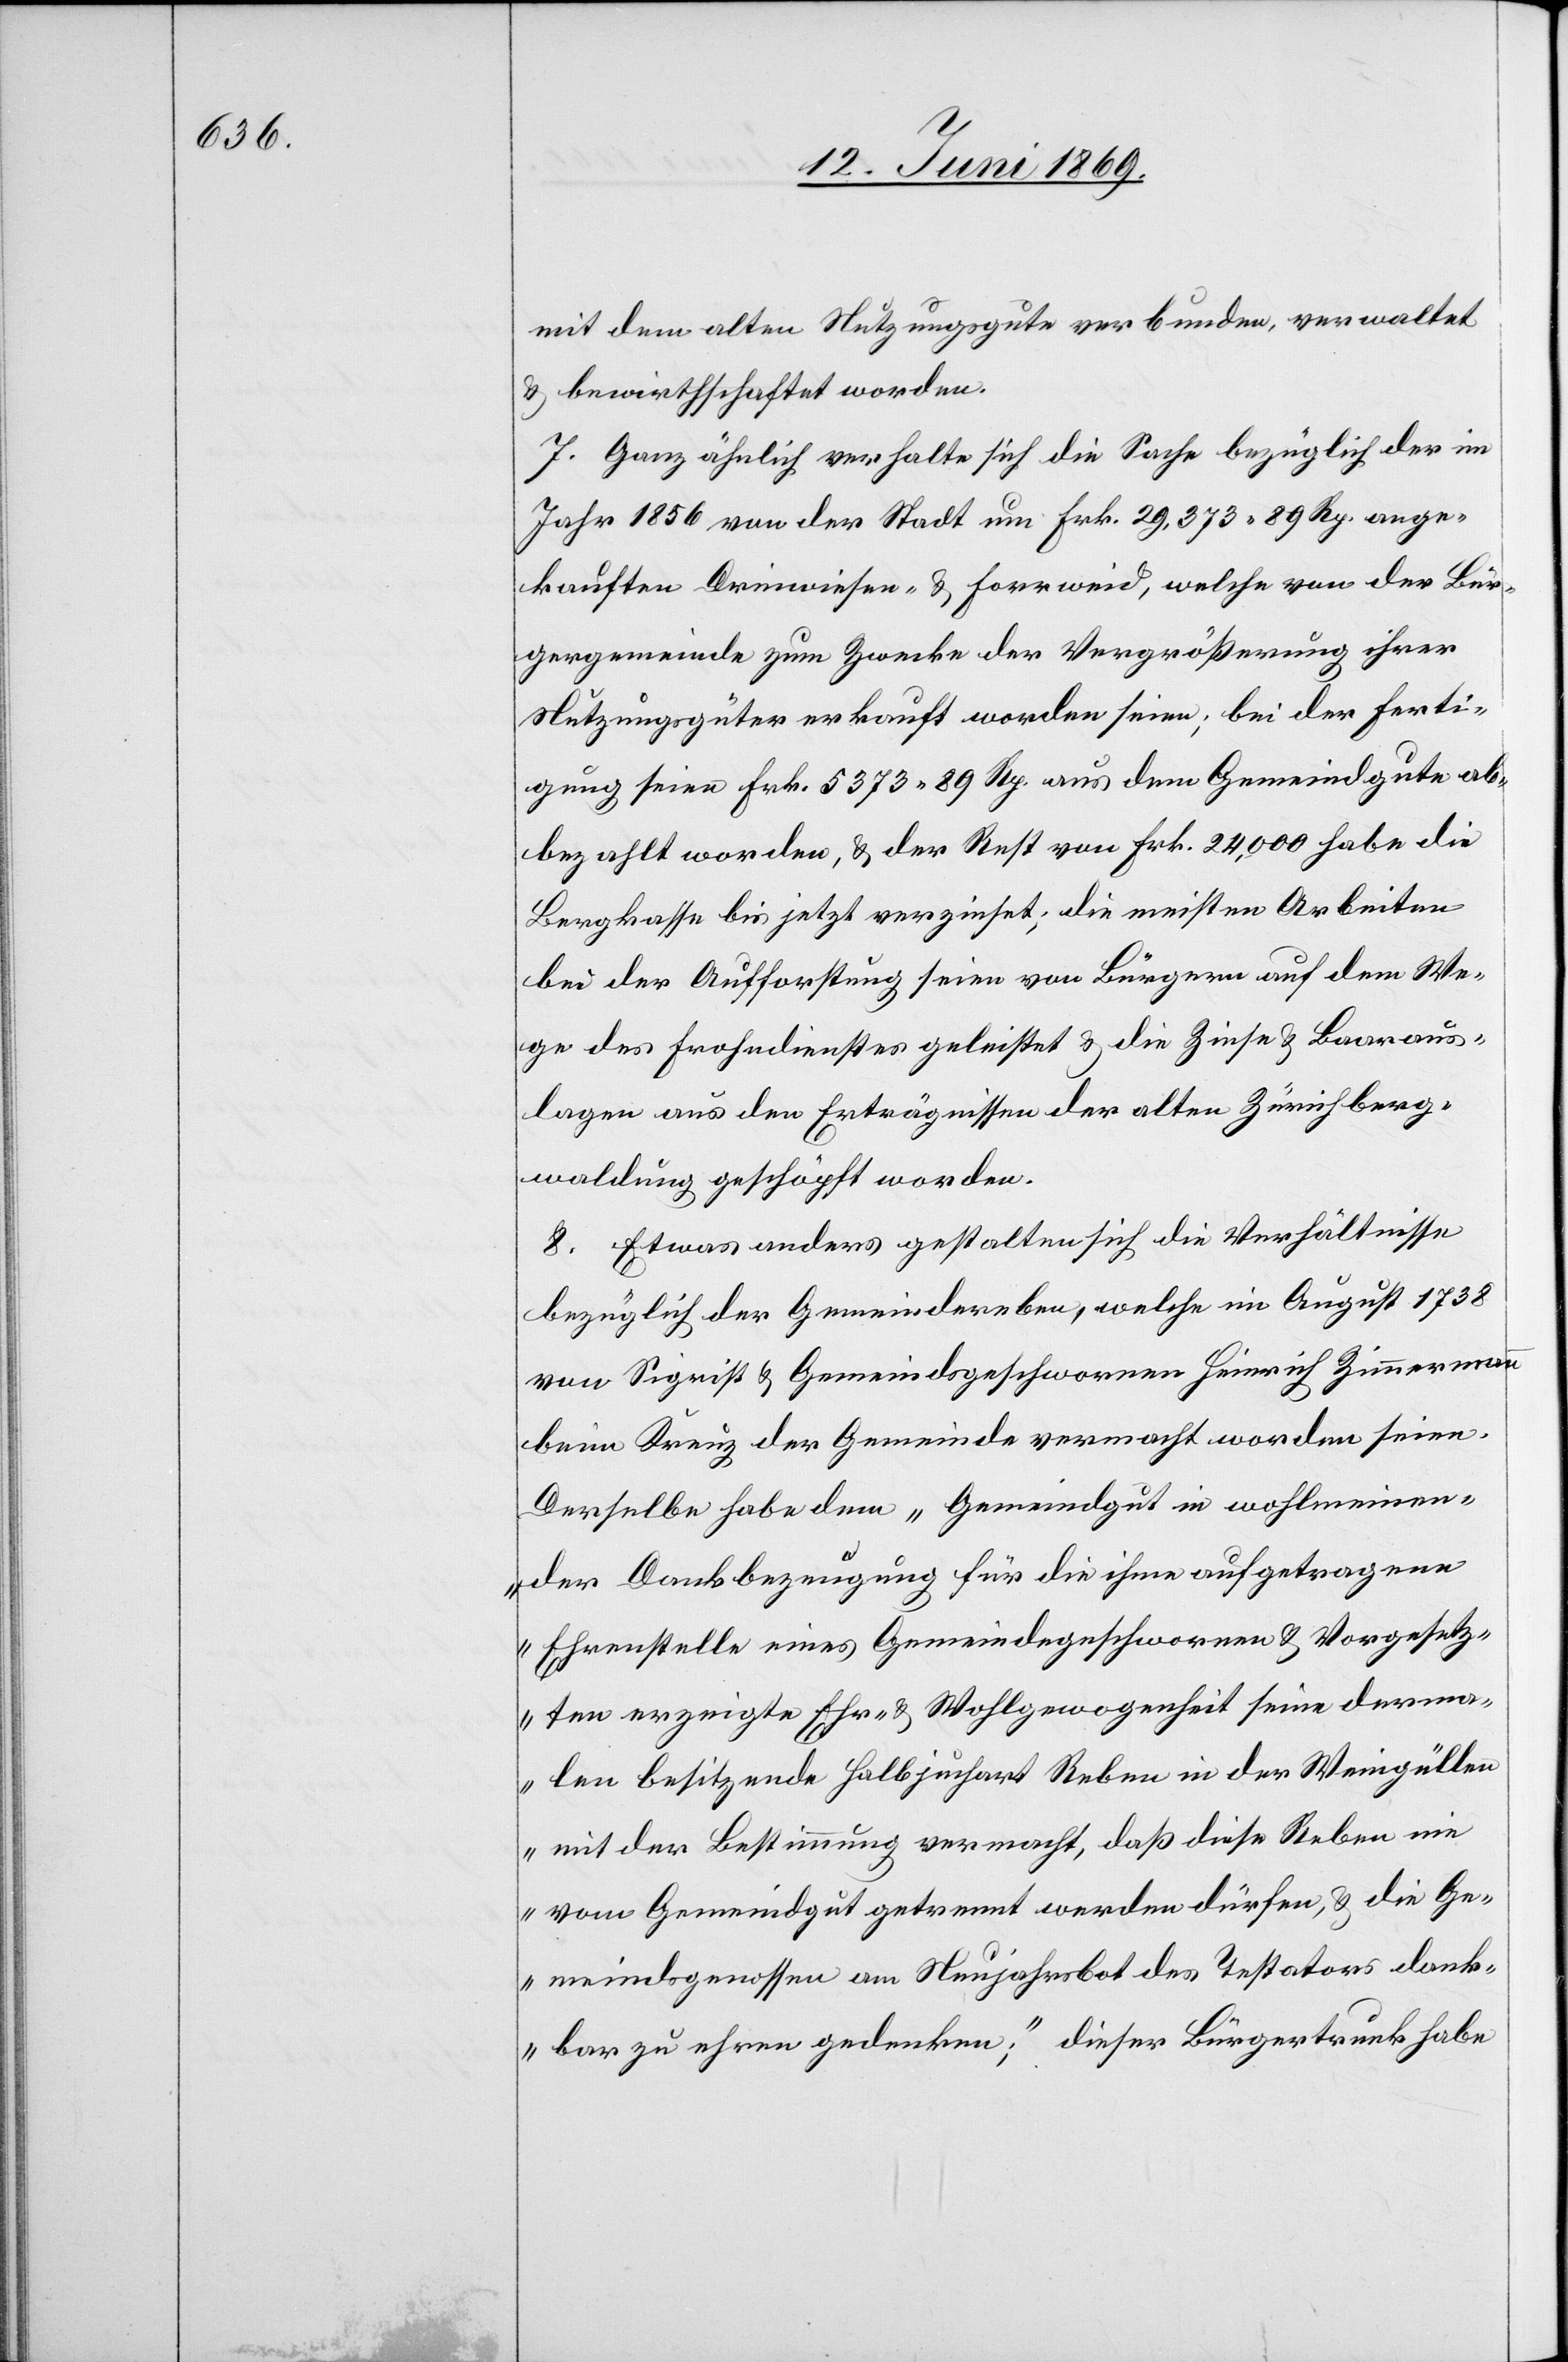
mit dem alten Nutzungsgute verbunden verwaltet
u. bewirthschaftet worden.
7. Ganz ähnlich verhalte sich die Sache bezüglich der im
Jahr 1856 von der Stadt um Frk. 29,373.89 Rp. ange¬
kauften Drinwiesen- u. Forrweid, welche von der Bür¬
gergemeinde zum Zwecke der Vergrösserung ihrer
Nutzungsgüter erkauft worden seien; bei der Ferti¬
gung seien Frk. 5373.89 Rp. aus dem Gemeindsgute ab¬
bezahlt worden, u. der Rest von Frk. 24,000 habe die
Bergkasse bis jetzt verzinset, die meisten Arbeiten
bei der Aufforstung seien von Bürgern auf dem We¬
ge des Frohndienstes geleistet u. die Zinse u. Baaraus¬
lagen aus den Erträgnissen der alten Zürichberg¬
waldung geschöpft worden.
8. Etwas anders gestalten sich die Verhältnisse
bezüglich der Gemeindereben, welche im August 1738
von Sigrist u. Gemeindsgeschworenen Heinrich Zimmermann
beim Kreuz der Gemeinde vermacht worden seien.
Derselbe habe dem „Gemeindgut in wohlmeinen¬
der Dankbezeugung für die ihme [sic!] aufgetragene
Ehrenstelle eines Gemeindegeschworenen u. Vorgesetz¬
ten erzeigte Ehr- u. Wohlgewogenheit seine derma¬
len besitzende Halbjuchart Reben in der Weingüllen
mit der Bestimmung vermacht, daß diese Reben nie
vom Gemeindgut getrennt werden dürfen, u. die Ge¬
meindsgenossen am Neujahrsbot des Testators dank¬
bar zu ehren gedenken“, dieser Bürgertrunk habe